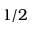
1 / 2